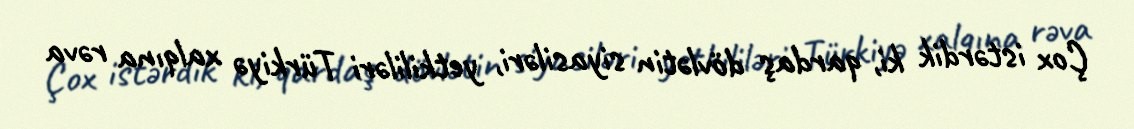
Çox istərdik ki, qardaş dövlətin siyasiləri, yetkililəri Türkiyə xalqına rəva